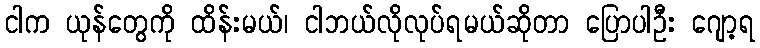
ငါက ယုန်တွေကို ထိန်းမယ်၊ ငါဘယ်လိုလုပ်ရမယ်ဆိုတာ ပြောပါဦး ဂျော့ရ